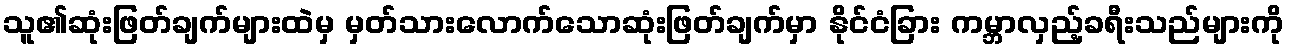
သူ၏ဆုံးဖြတ်ချက်များထဲမှ မှတ်သားလောက်သောဆုံးဖြတ်ချက်မှာ နိုင်ငံခြား ကမ္ဘာလှည့်ခရီးသည်များကို